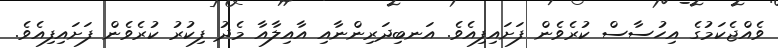
ވެއްޖެކަމުގެ އިހުސާސް ކުރެވެން ފަށައިފިއެވެ. އަނބިދަރިންނާއި އާއިލާއާ މެދު ފިކުރު ކުރެވެން ފަށައިފިއެވެ.